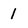
Character: 1